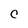
Character: C